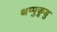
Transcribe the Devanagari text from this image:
थप्पुकूडु